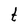
Character: t